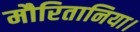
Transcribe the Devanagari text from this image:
मौरितानिया।